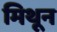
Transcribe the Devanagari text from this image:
मिथून